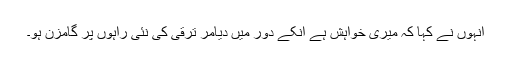
انہوں نے کہا کہ میری خواہش ہے انکے دور میں دیامر ترقی کی نئی راہوں پر گامزن ہو۔